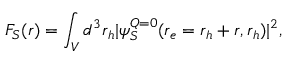
F _ { S } ( \boldsymbol { r } ) = \int _ { V } d ^ { 3 } \boldsymbol { r } _ { h } | \psi _ { S } ^ { \boldsymbol { Q } = 0 } ( \boldsymbol { r } _ { e } = \boldsymbol { r } _ { h } + \boldsymbol { r } , \boldsymbol { r } _ { h } ) | ^ { 2 } ,